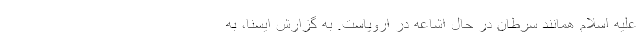
علیه اسلام همانند سرطان در حال اشاعه در اروپاست. به گزارش ایسنا، به